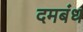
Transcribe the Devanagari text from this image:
दमबंध